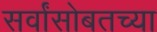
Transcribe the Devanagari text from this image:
सर्वांसोबतच्या